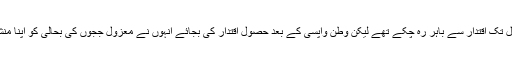
وہ آٹھ سال تک اقتدار سے باہر رہ چکے تھے لیکن وطن واپسی کے بعد حصول اقتدار کی بجائے انہوں نے معزول ججوں کی بحالی کو اپنا منشور بنایا۔